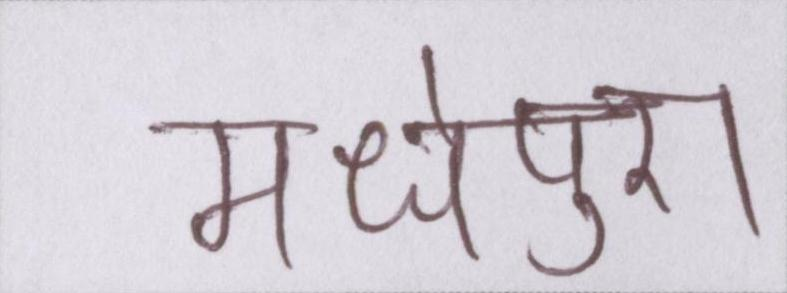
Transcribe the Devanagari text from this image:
मधेपुरा